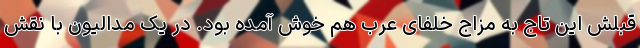
قبلش این تاج به مزاج خلفای عرب هم خوش آمده بود. در یک مدالیون با نقش